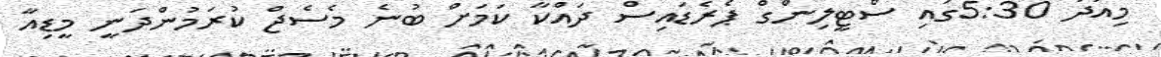
މިއަދު 5:30ގައި ސްޓީލިންގް ޕެރެޑައިސް ދައްކާ ކަމަށް ބުނެ މެސެޖް ކުރަމުންދަނީ މީޑިއާ